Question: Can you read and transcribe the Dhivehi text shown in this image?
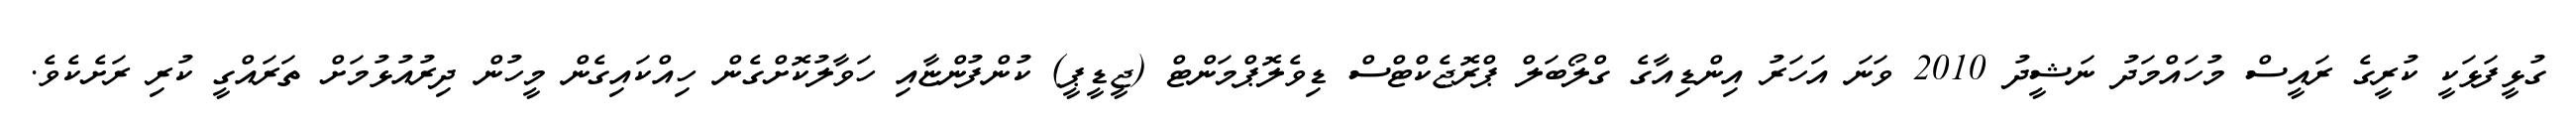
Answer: ގުޅީފަޅަކީ ކުރީގެ ރައީސް މުހައްމަދު ނަޝީދު 2010 ވަނަ އަހަރު އިންޑިއާގެ ގްލޯބަލް ޕްރޮޖެކްޓްސް ޑިވެލޮޕްމަންޓް (ޖީޑީޕީ) ކުންފުންޏާއި ހަވާލުކޮށްގެން ހިއްކައިގެން މީހުން ދިރުއުޅުމަށް ތަރައްގީ ކުރި ރަށެކެވެ.